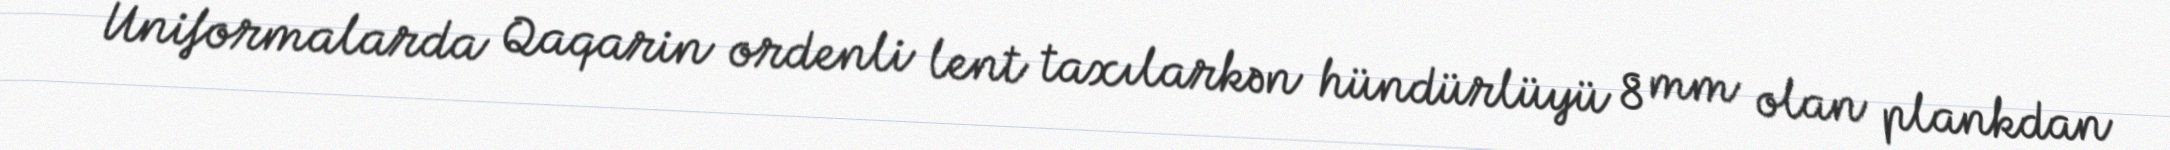
Uniformalarda Qaqarin ordenli lent taxılarkən hündürlüyü 8 mm olan plankdan